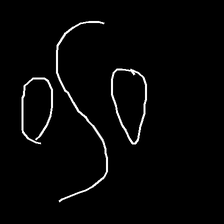
Glyph: water